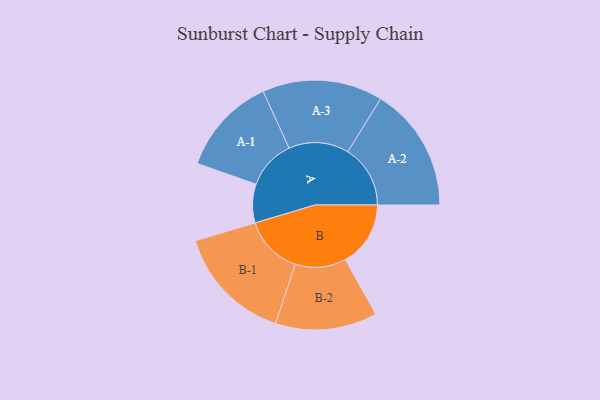
{"axis": {"x": "Segment", "y": "Value"}, "legend": ["", "A", "B"], "data": [{"x": "A", "y": 170, "type": ""}, {"x": "B", "y": 287, "type": ""}, {"x": "A-1", "y": 217, "type": "A"}, {"x": "A-2", "y": 275, "type": "A"}, {"x": "A-3", "y": 265, "type": "A"}, {"x": "B-1", "y": 259, "type": "B"}, {"x": "B-2", "y": 224, "type": "B"}]}